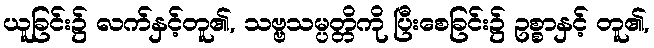
ယူခြင်း၌ လက်နှင့်တူ၏, သဗ္ဗသမ္ပတ္တိကို ပြီးစေခြင်း၌ ဥစ္စာနှင့် တူ၏,